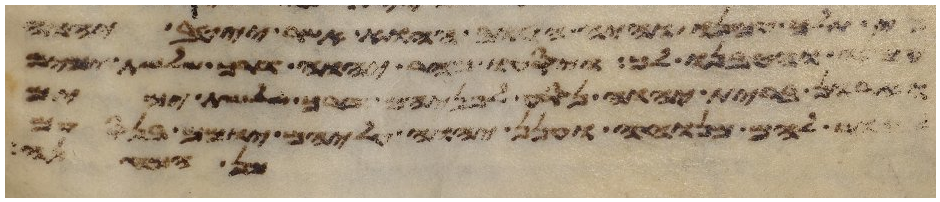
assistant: כי תלך עמנו והיה הטוב ההוא אשר ייטב יהוה
והטיבנו לך ויסעו מהר יהוה דרך שלשת ימים
וארון ברית יהוה נסע לפניהם דרך שלשת ימים
להם מנוחה וענן יהוה עליהם יומם בנסעם
שמן ולא